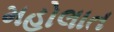
મહોલાત